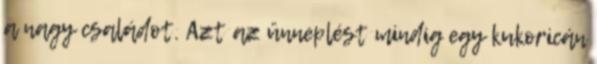
a nagy családot. Azt az ünneplést mindig egy kukoricán